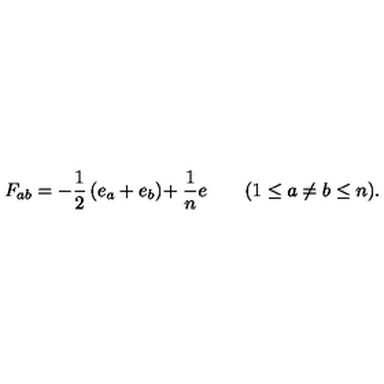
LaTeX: F _ { a b } = - { \frac { 1 } { 2 } } \left( e _ { a } + e _ { b } \right) \! + { \frac { 1 } { n } } e \qquad ( 1 \leq a \neq b \leq n ) .